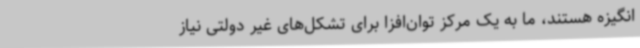
انگیزه هستند، ما به یک مرکز توان‌افزا برای تشکل‌های غیر دولتی نیاز